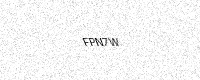
Text: FPN7W